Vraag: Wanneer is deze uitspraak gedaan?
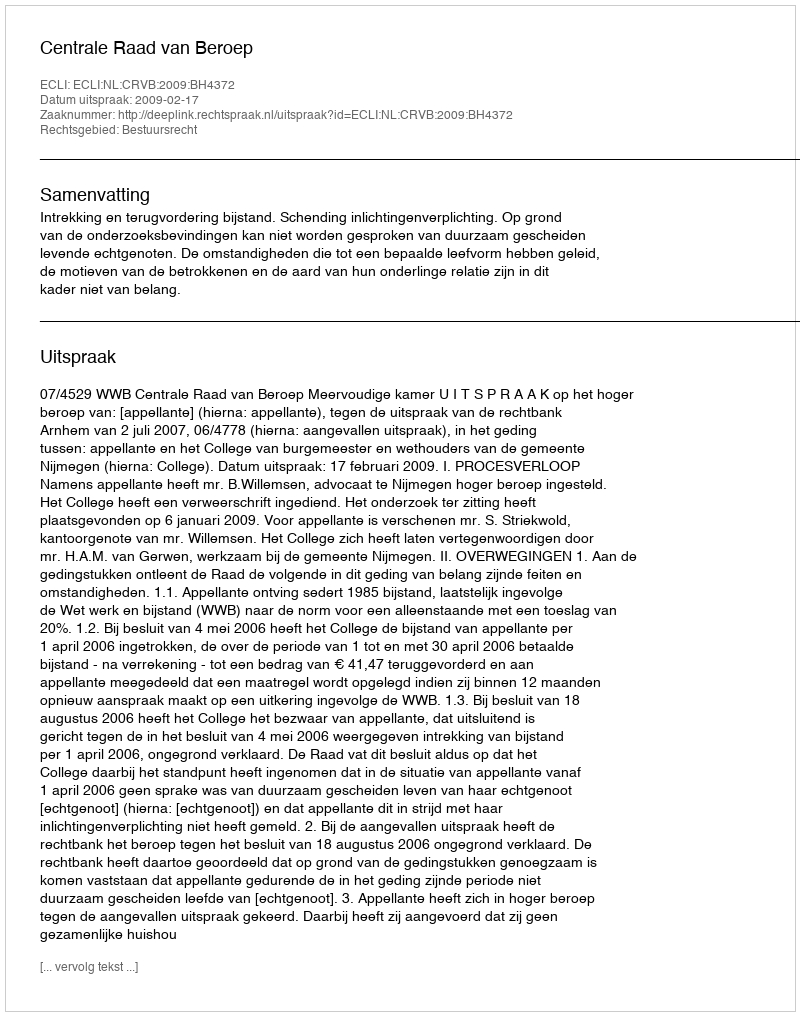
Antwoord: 2009-02-17